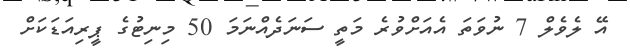
އޭ ލެވެލް 7 ނުވަތަ އެއަށްވުރެ މަތީ ސަނަދެއްނަމަ 50 މިނިޓުގެ ޕީރިއަޑަކަށް